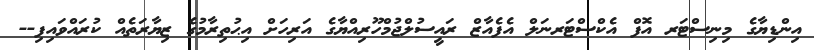
އިންޑިޔާގެ މިނިސްޓަރ އޮފް އެކްސްޓަރނަލް އެފެއާޒް ރައީސުލްޖުމްހޫރިއްޔާގެ އަރިހަށް އިޙުތިރާމުގެ ޒިޔާރަތެއް ކުރައްވައިފި--